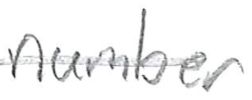
Text: number
Cross-out: single-line
Writing tool: pencil